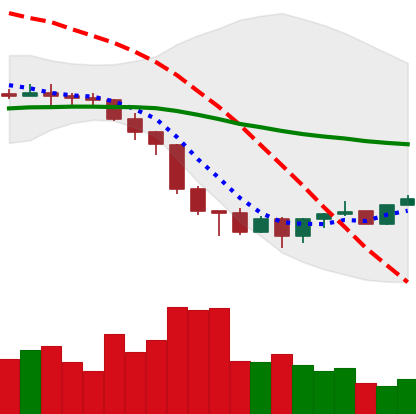
Ticker: XMR-USD
Chart end date: 2022-06-24
Forward return: -6.145%
Label: down_5_7